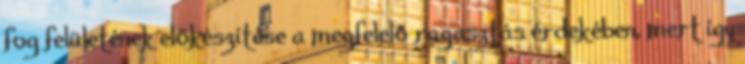
fog felületének előkészítése a megfelelő ragasztás érdekében, mert így